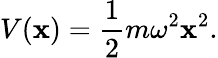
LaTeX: V(\mathbf{x})={\frac{{1}}{{2}}}m\omega^{2}\mathbf{x}^{2}.